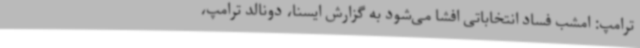
ترامپ: امشب فساد انتخاباتی افشا می‌شود به گزارش ایسنا، دونالد ترامپ،